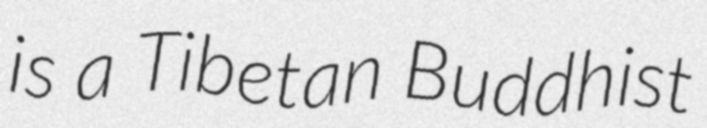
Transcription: is a Tibetan Buddhist